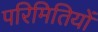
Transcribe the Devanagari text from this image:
परिमितियों